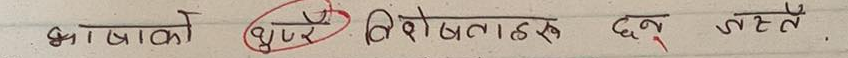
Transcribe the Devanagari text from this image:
भाषाको धुर विशेषताहरू छन् जस्तै ।